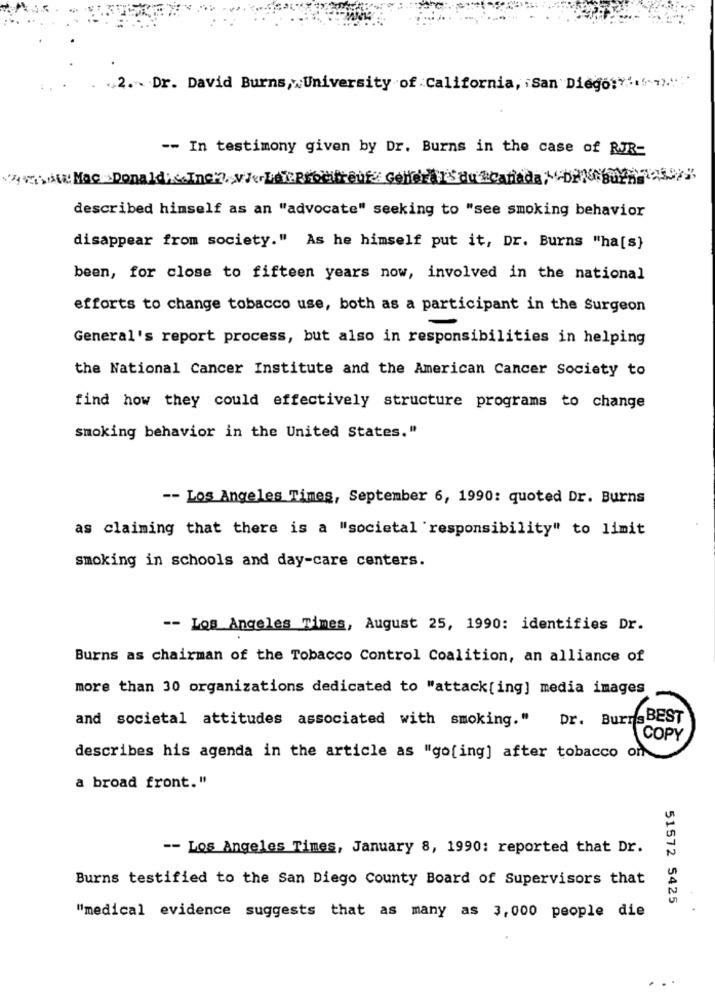
.2. - Dr. David Burns,"University of California, San Diego:""""")."
-- In testimony given by Dr. Burns in the case of RJR-
VAuchdie Mac Donaldis.Inc'2. vierLeProcureur GellerlorsqueCatiada; - DEN gu
described himself as an "advocate" seeking to "see smoking behavior
disappear from society." As he himself put it, Dr. Burns "ha[s}
been, for close to fifteen years now, involved in the national
efforts to change tobacco use, both as a participant in the Surgeon
General's report process, but also in responsibilities in helping
the National Cancer Institute and the American Cancer Society to
find how they could effectively structure programs to change
smoking behavior in the United States."
-- Los Angeles Times, September 6, 1990: quoted Dr. Burns
as claiming that there is a "societal responsibility" to limit
smoking in schools and day-care centers.
-- Los Angeles Times, August 25, 1990: identifies Dr.
Burns as chairman of the Tobacco Control Coalition, an alliance of
more than 30 organizations dedicated to "attack[ing] media images
and societal attitudes associated with smoking." Dr. BurnsBEST
COPY
describes his agenda in the article as "go[ing] after tobacco on
a broad front."
-- Los Angeles Times, January 8, 1990: reported that Dr.
Burns testified to the San Diego County Board of Supervisors that
51572 5425
"medical evidence suggests that as many as 3,000 people die